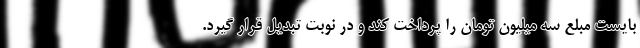
بایست مبلع سه میلیون تومان را پرداخت کند و در نوبت تبدیل قرار گیرد.